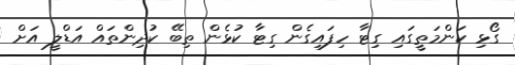
ގޯޅި ކަންމަތީގައި ގިޓާ ހިފައިގެން ގިޓާ ކުޅެން ތިބޭ ކުދިންތައް އަޑްލީ އަށް